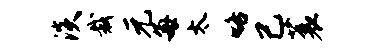
淡裁元每太咯己蓑